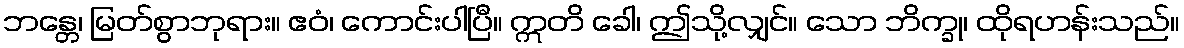
ဘန္တေ၊ မြတ်စွာဘုရား။ ဧဝံ၊ ကောင်းပါပြီ။ ဣတိ ခေါ၊ ဤသို့လျှင်။ သော ဘိက္ခု၊ ထိုရဟန်းသည်။